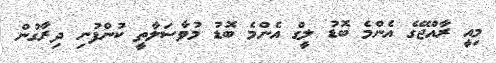
މިއީ ރާއްޖޭގެ އެންމެ ބޮޑު ލީގް އެންމެ ބޮޑު މުވާސަލާތީ ކުންފުނި ދިރާގުން